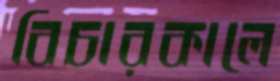
বিচারকালে